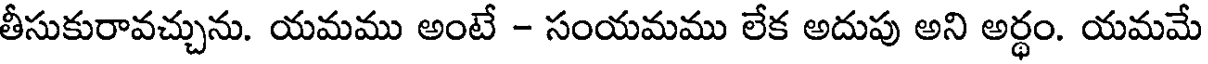
తీసుకురావచ్చును. యమము అంటే - సంయమము లేక అదుపు అని అర్థం. యమమే